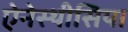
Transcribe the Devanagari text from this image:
ऐनेस्थीसिया